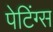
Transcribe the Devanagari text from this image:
पेटिंग्स